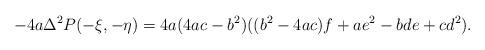
LaTeX: \begin{align*} -4a \Delta^{2} P(-\xi,-\eta) = 4a(4ac-b^{2})((b^{2}-4ac)f + ae^{2} - bde + cd^{2}).\end{align*}